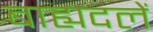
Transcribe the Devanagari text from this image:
बाह्यदलें